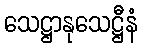
သေဋ္ဌာနုသေဋ္ဌီနံ